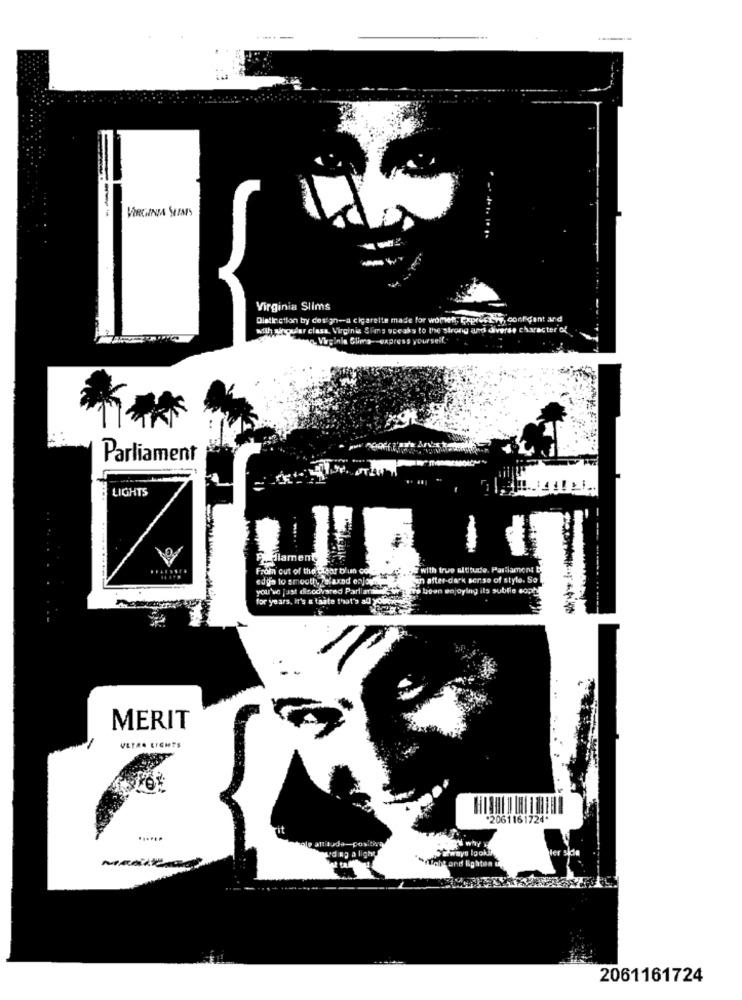
VIRGINIA SIMS
Virginia Slims
Distinction by design-a cigarette made for women ,, toorderry, confident and
with singular class, Virginia Sions speaks to the strong and diverse character of
nie Glims-express yourself,
Parliament
LIGHTS
Podiameny
From out of the clear blun cold.
with true altitude. Parlament
sin after-dark serse of style. Se
you'w just discovered Parlian
it's been enjoying its sublie soph
for years, it's a taste that's all you
MERIT
VETRO LIGHTS
*2061161724*
rd ng a light
Wways Igoki,
tand Righten
2061161724